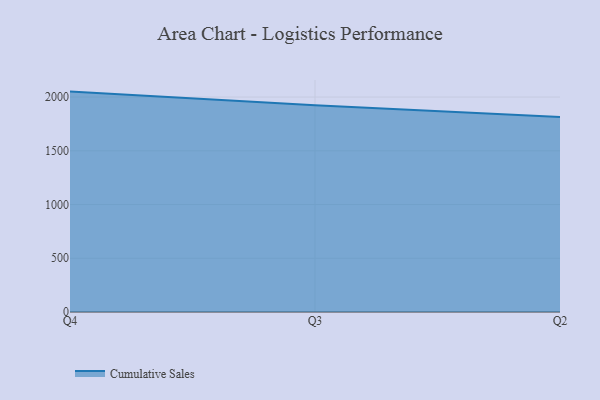
{"axis": {"x": "Quarter", "y": "Churn Rate (%)"}, "legend": ["Cumulative Sales"], "data": [{"x": "Q4", "y": 2050.8, "type": "Cumulative Sales"}, {"x": "Q3", "y": 1922.9, "type": "Cumulative Sales"}, {"x": "Q2", "y": 1813.6, "type": "Cumulative Sales"}]}